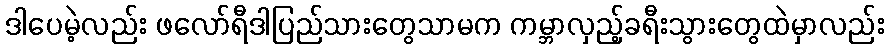
ဒါပေမဲ့လည်း ဖလော်ရီဒါပြည်သားတွေသာမက ကမ္ဘာလှည့်ခရီးသွားတွေထဲမှာလည်း